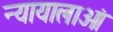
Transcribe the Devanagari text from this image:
न्यायालाओं